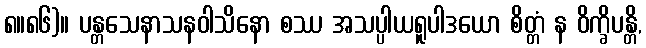
၈။၈၆)။ ပန္တသေနာသနဝါသိနော စဿ အသပ္ပါယရူပါဒယော စိတ္တံ န ဝိက္ခိပန္တိ,